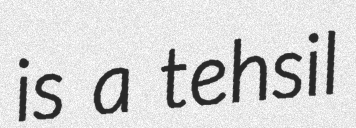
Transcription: is a tehsil